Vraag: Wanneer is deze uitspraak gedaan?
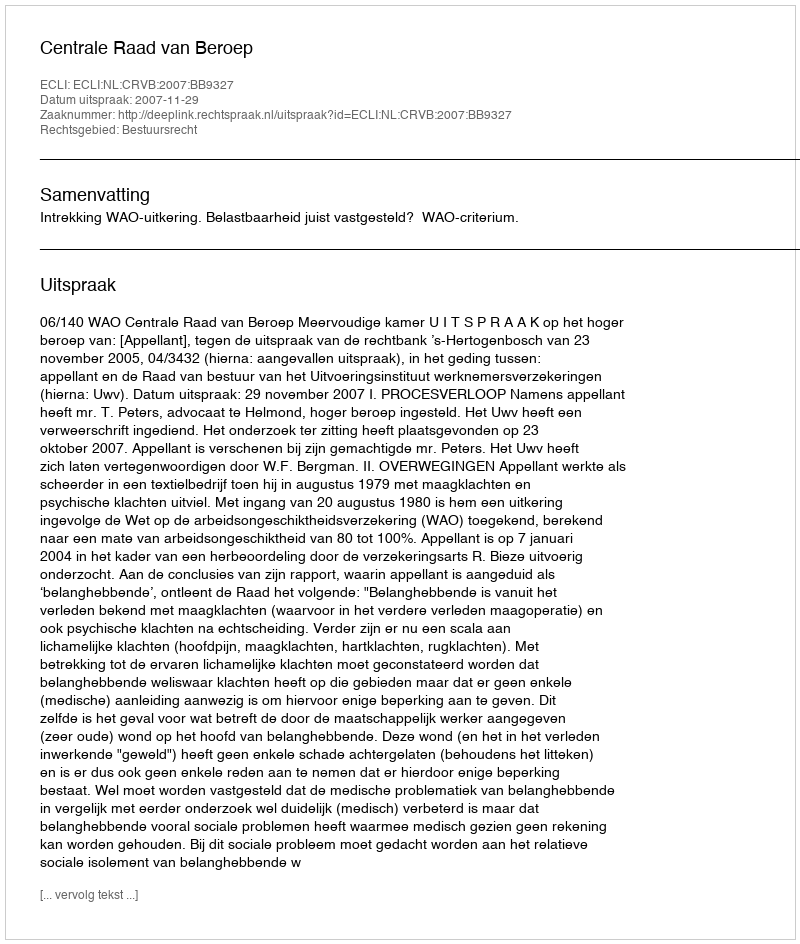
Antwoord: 2007-11-29